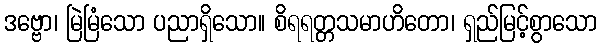
ဒဗ္ဗော၊ မြဲမြံသော ပညာရှိသော။ စိရရတ္တသမာဟိတော၊ ရှည်မြင့်စွာသော